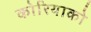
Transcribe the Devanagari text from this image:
कोरियाको